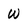
Character: W